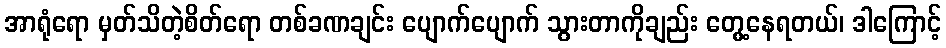
အာရုံရော မှတ်သိတဲ့စိတ်ရော တစ်ခဏချင်း ပျောက်ပျောက် သွားတာကိုချည်း တွေ့နေရတယ်၊ ဒါကြောင့်